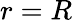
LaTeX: r=R